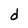
Character: d